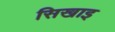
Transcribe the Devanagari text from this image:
सिखाइ